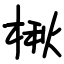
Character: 楸